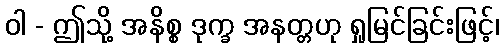
ဝါ - ဤသို့ အနိစ္စ ဒုက္ခ အနတ္တဟု ရှုမြင်ခြင်းဖြင့်၊